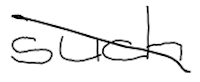
Text: such
Cross-out: mix
Writing tool: digital_black